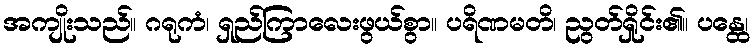
အကျိုးသည်။ ဂရုကံ၊ ရှည်ကြာလေးဖွယ်စွာ။ ပရိဏမတိ၊ ညွတ်ရှိုင်း၏။ ပန္ထေ၊